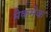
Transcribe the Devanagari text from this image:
मेकमेक